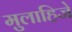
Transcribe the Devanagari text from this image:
मुलाहिजे